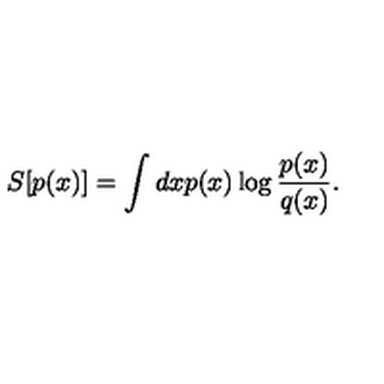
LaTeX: S [ p ( x ) ] = \int d x p ( x ) \log { \frac { p ( x ) } { q ( x ) } } .